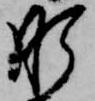
肝